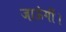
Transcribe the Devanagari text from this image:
जाऊंगीं।